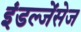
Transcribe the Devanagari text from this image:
इंडल्जेंसेज